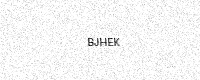
Text: BJHEK